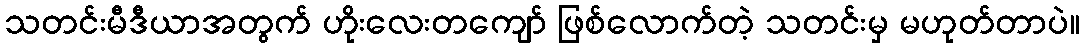
သတင်းမီဒီယာအတွက် ဟိုးလေးတကျော် ဖြစ်လောက်တဲ့ သတင်းမှ မဟုတ်တာပဲ။